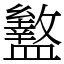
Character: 盭